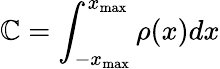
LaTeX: \mathbb{C}=\int_{-x_{\textrm{{max}}}}^{x_{\textrm{{max}}}}\rho(x)dx